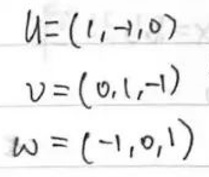
\[
\begin{align*}
u&=(1,-1,0)\\
v&=(0,1,-1)\\
w&=(-1,0,1)
\end{align*}
\]